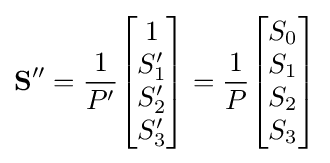
\mathbf {S''} ={\frac {1}{P'}}{\begin{bmatrix}1\\S'_{1}\\S'_{2}\\S'_{3}\end{bmatrix}}={\frac {1}{P}}{\begin{bmatrix}S_{0}\\S_{1}\\S_{2}\\S_{3}\end{bmatrix}}